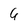
Character: 4